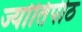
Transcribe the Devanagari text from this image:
ज्योतिपीठ